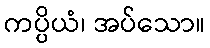
ကပ္ပိယံ၊ အပ်သော။